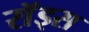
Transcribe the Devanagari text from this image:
राॅड्स